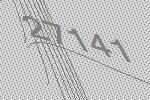
27141